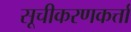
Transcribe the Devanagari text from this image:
सूचीकरणकर्त्ता